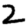
Digit: 2